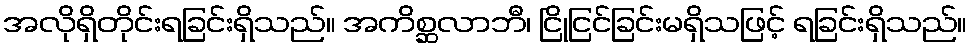
အလိုရှိတိုင်းရခြင်းရှိသည်။ အကိစ္ဆလာဘီ၊ ငြိုငြင်ခြင်းမရှိသဖြင့် ရခြင်းရှိသည်။